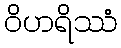
ဝိဟရိဿံ